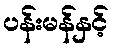
ပန်းမန်နှင့်